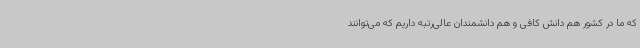
که ما در کشور هم دانش کافی و هم دانشمندان عالی‌رتبه داریم که می‌توانند